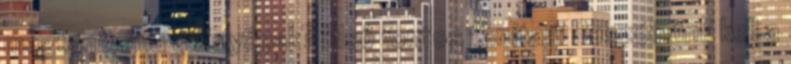
megtanítania a lányának? Első fontos tanítani Beszélnünk kell a